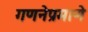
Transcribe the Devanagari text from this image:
गणनेप्रमाणे